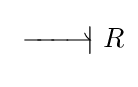
\;{\overset {\textstyle }{\underset {\textstyle }{-\!\!\!-\!\!\!-\!\!\!\rightharpoonup \!\!\!|}}}\ R